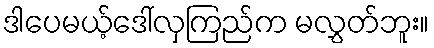
ဒါပေမယ့်ဒေါ်လှကြည်က မလွှတ်ဘူး။